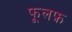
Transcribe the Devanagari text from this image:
फूलफ़